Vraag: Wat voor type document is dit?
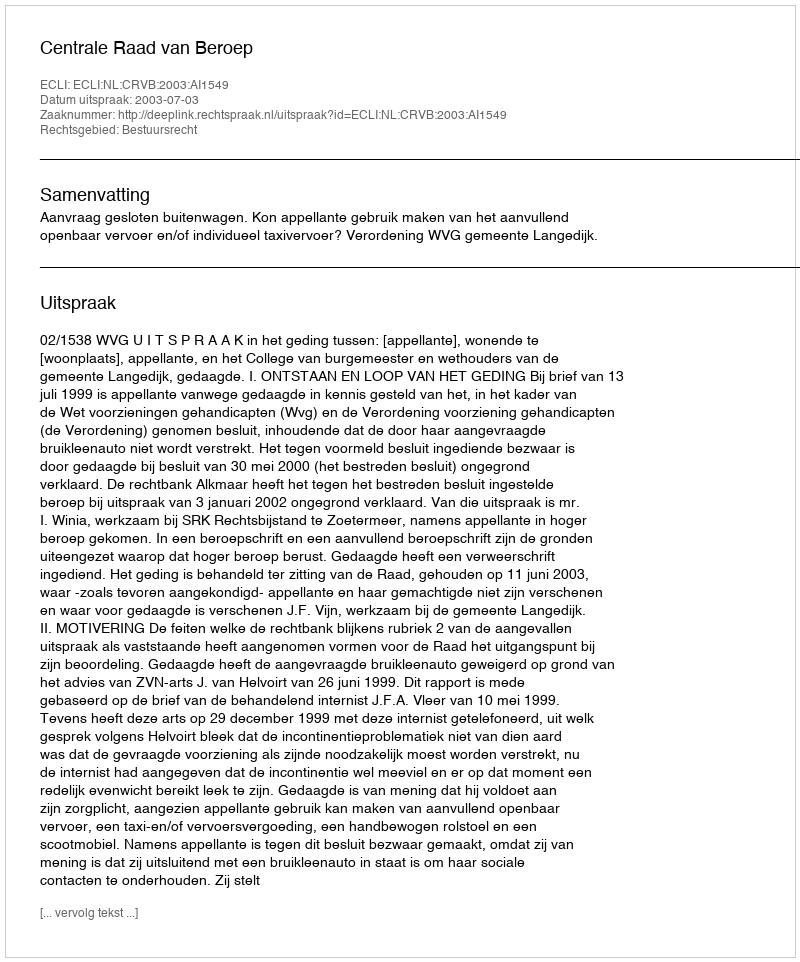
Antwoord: Uitspraak